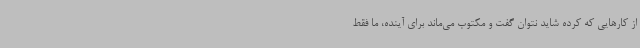
از کارهایی که کرده شاید نتوان گفت و مکتوب می‌ماند برای آینده، ما فقط